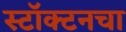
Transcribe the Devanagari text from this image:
स्टॉक्टनचा